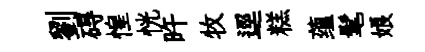
劉碍惶恍旿牧逕糕蕴髦娘